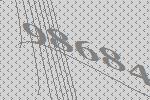
98684